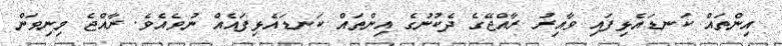
އިންތައް ކަނޑައެޅިފައި ވާއިރު ރާއްޖޭގެ ދެކުނުގެ އިންތައް ކަނޑައެޅިފައެއް ނުވެއެވެ. ރާއްޖެ މިނިވަން